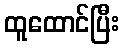
ထူထောင်ပြီး